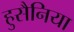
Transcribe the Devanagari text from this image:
हुसैनिया